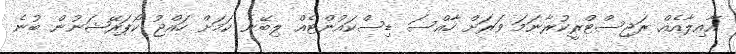
އާއިލާއެއް ރަޖިސްޓްރީކުރާނަމަ ވަރަށް ހާއްސަ ޑިސްކައުންޓެއް ލިބޭނެ ކަމަށް ހައްޖު ކޯޕަރޭޝަނުން ބުނެ